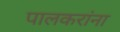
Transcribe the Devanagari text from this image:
पालकरांना